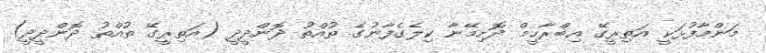
މަންމާފުޅަކީ އަތިރީގޭ އިބްރާހީމް ދޮށިމޭނާ ކިލެގެފާނުގެ ތުއްތު ދޮންދީދީ (އަތިރީގޭ ތުއްތު ދޮންދީދީ)